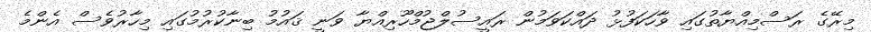
މިރޭގެ ރަސްމިއްޔާތުގައި ވާހަކަފުޅު ދައްކަވަމުން ރައީސުލްޖުމްހޫރިއްޔާ ވަނީ ޤައުމު ބިނާކުރުމުގައި މިހާރުވެސް އެންމެ